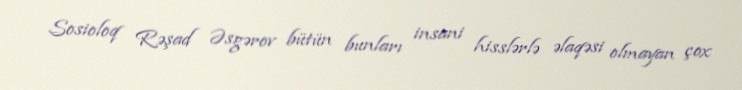
Sosioloq Rəşad Əsgərov bütün bunları insani hisslərlə əlaqəsi olmayan çox